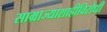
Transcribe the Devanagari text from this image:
साम्राज्याशाहीविरोधी